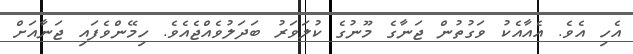
އެހި އެވެ. އެއާއެކު ވަގުތުން ޖަނާގެ މޫނުގެ ކުލަވަރު ބަދަލުވެއްޖެއެވެ. ހިމޭންވެފައި ޖަނާއަށް